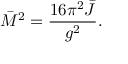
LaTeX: \bar { M } ^ { 2 } = { \frac { 1 6 \pi ^ { 2 } \bar { J } } { g ^ { 2 } } } .